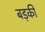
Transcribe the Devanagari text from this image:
बड़की